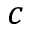
c